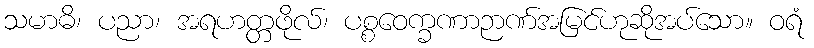
သမာဓိ၊ ပညာ၊ အရဟတ္တဖိုလ်၊ ပစ္စဝေက္ခဏာဉာဏ်အမြင်ဟုဆိုအပ်သော။ ဝရံ